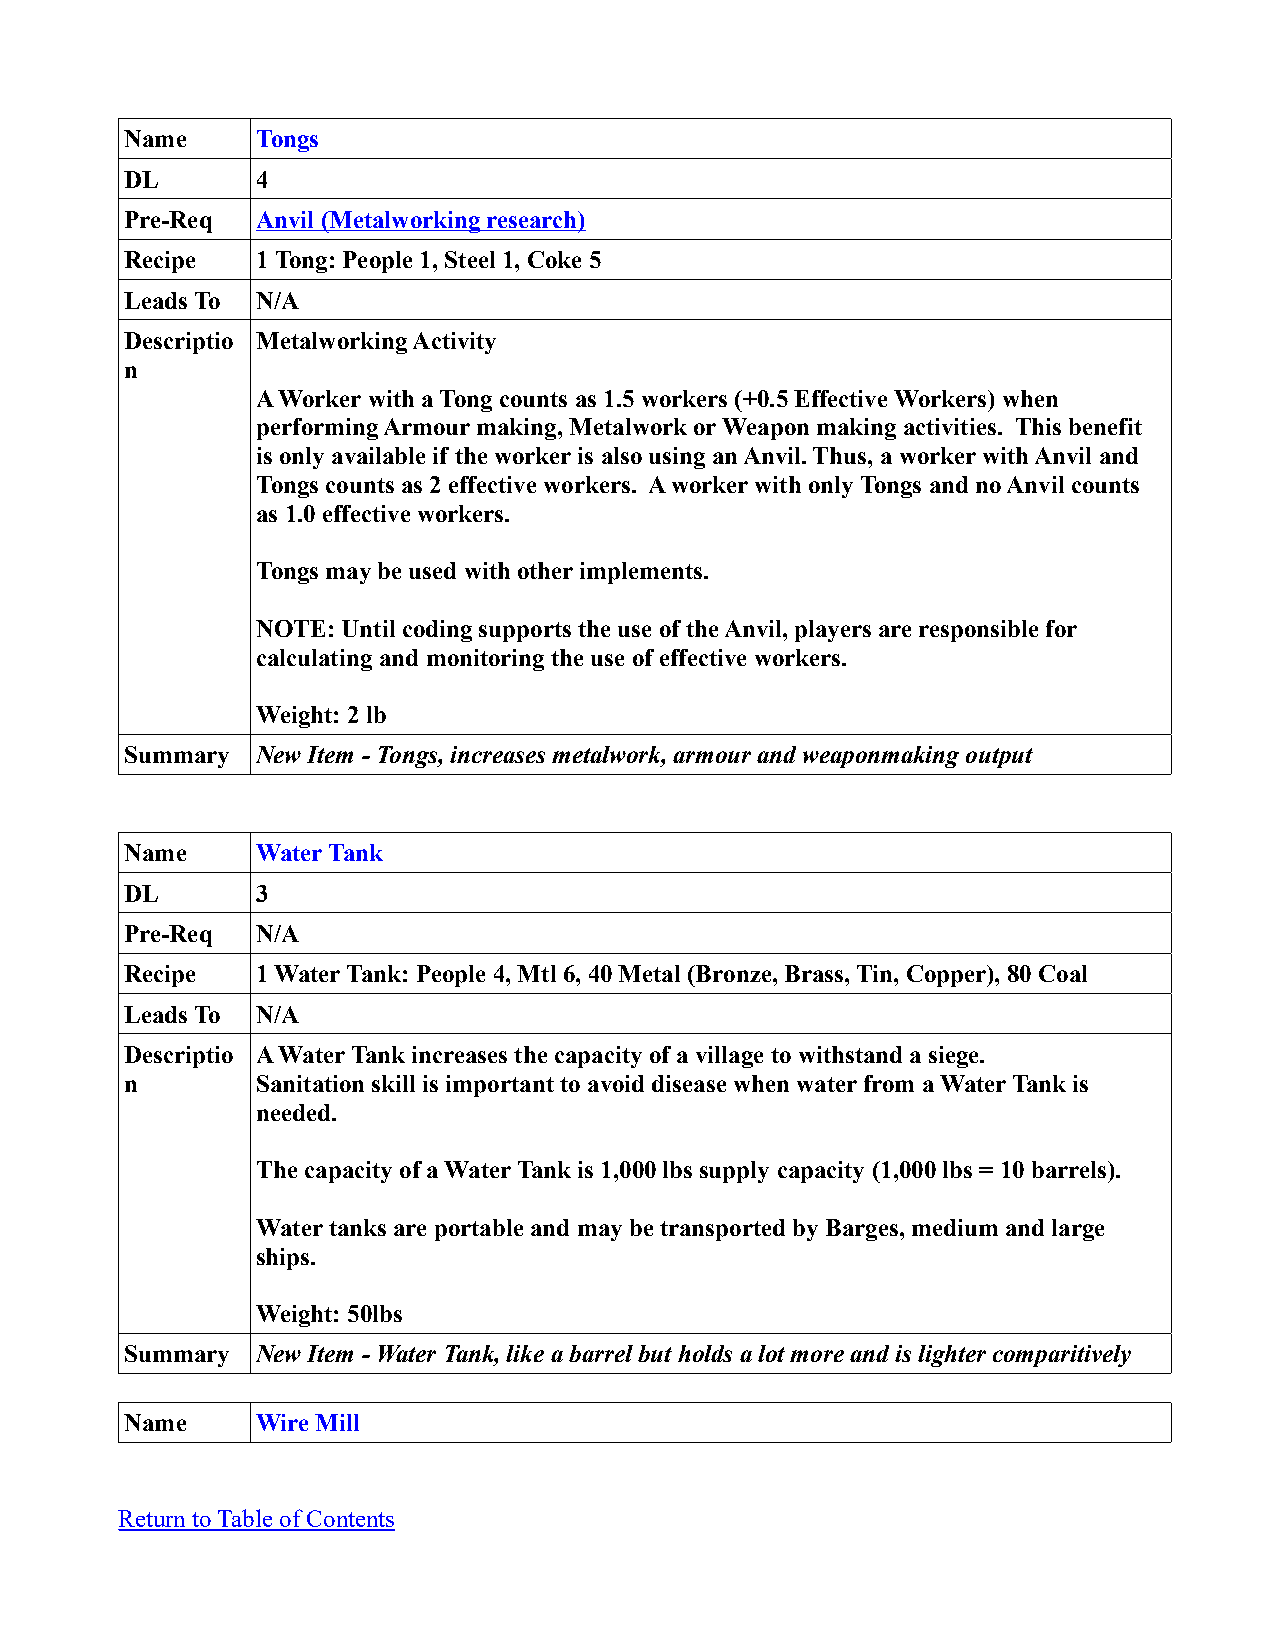
Name     Tongs
 DL       4
 Pre-Req  Anvil (Metalworking research)
 Recipe   1 Tong: People 1, Steel 1, Coke 5
 Leads To N/A
 Descriptio Metalworking Activity
 n
 A Worker with a Tong counts as 1.5 workers (+0.5 Effective Workers) when
 performing Armour making, Metalwork or Weapon making activities. This benefit
 is only available if the worker is also using an Anvil. Thus, a worker with Anvil and
 Tongs counts as 2 effective workers. A worker with only Tongs and no Anvil counts
 as 1.0 effective workers.
 Tongs may be used with other implements.
 NOTE: Until coding supports the use of the Anvil, players are responsible for
 calculating and monitoring the use of effective workers.
 Weight: 2 lb
 Summary  New Item - Tongs, increases metalwork, armour and weaponmaking output
 Name     Water Tank
 DL       3
 Pre-Req  N/A
 Recipe   1 Water Tank: People 4, Mtl 6, 40 Metal (Bronze, Brass, Tin, Copper), 80 Coal
 Leads To N/A
 Descriptio A Water Tank increases the capacity of a village to withstand a siege.
 n        Sanitation skill is important to avoid disease when water from a Water Tank is
 needed.
 The capacity of a Water Tank is 1,000 lbs supply capacity (1,000 lbs = 10 barrels).
 Water tanks are portable and may be transported by Barges, medium and large
 ships.
 Weight: 50lbs
 Summary  New Item - Water Tank, like a barrel but holds a lot more and is lighter comparitively
 Name     Wire Mill
 Return to Table of Contents